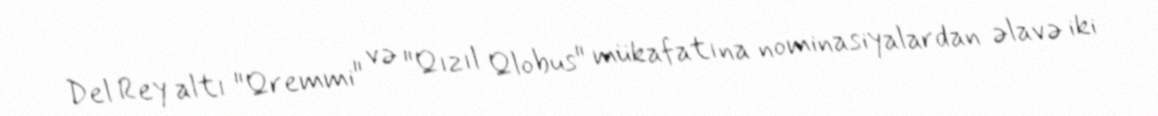
Del Rey altı "Qremmi" və "Qızıl Qlobus" mükafatına nominasiyalardan əlavə iki